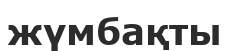
жүмбақты